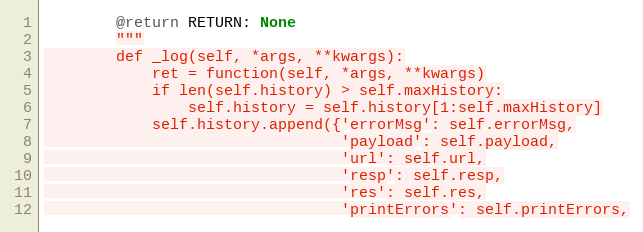
Language: Python
        @return RETURN: None
        """
        def _log(self, *args, **kwargs):
            ret = function(self, *args, **kwargs)
            if len(self.history) > self.maxHistory:
                self.history = self.history[1:self.maxHistory]
            self.history.append({'errorMsg': self.errorMsg,
                                 'payload': self.payload,
                                 'url': self.url,
                                 'resp': self.resp,
                                 'res': self.res,
                                 'printErrors': self.printErrors,